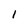
Character: l